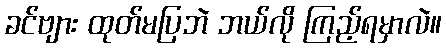
ခင်ဗျား ထုတ်မပြဘဲ ဘယ်လို ကြည့်ရမှာလဲ။